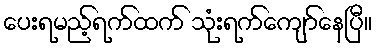
ပေးရမည့်ရက်ထက် သုံးရက်ကျော်နေပြီ။